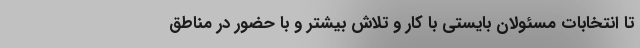
تا انتخابات مسئولان بایستی با کار و تلاش بیشتر و با حضور در مناطق